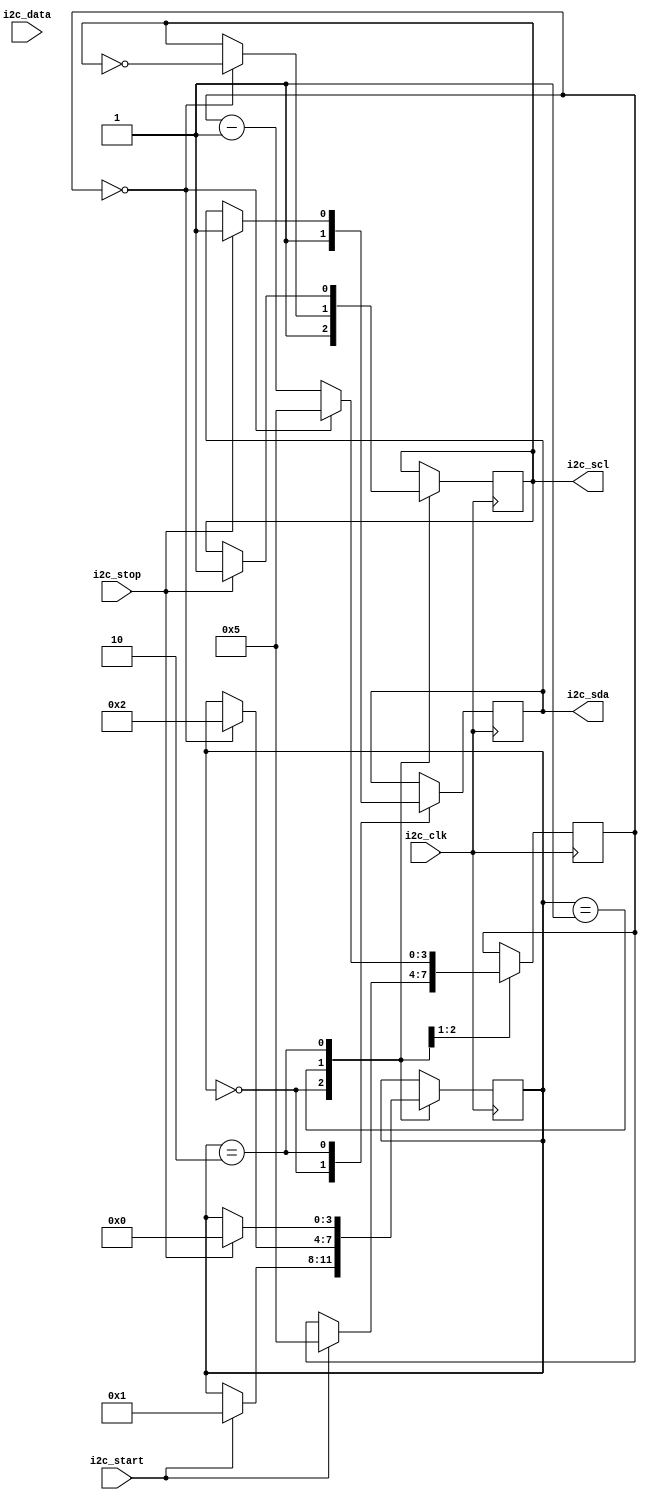
module i2c_timing_control_synchronization(
    // Inputs
    input wire i2c_clk,
    input wire i2c_start,
    input wire i2c_stop,
    input wire i2c_data,
    
    // Outputs
    output reg i2c_scl,
    output reg i2c_sda
);

// Timing parameters
parameter HALF_BIT_DELAY = 5; // half bit delay in clock cycles

// Internal signals
reg [3:0] state;
reg [3:0] counter;

// State machine for I2C timing control and synchronization
always @(posedge i2c_clk) begin
    case(state)
        0: begin // Start condition
            i2c_scl <= 1;
            i2c_sda <= 1;
            
            if(i2c_start) begin
                state <= 1;
                counter <= HALF_BIT_DELAY;
            end
        end
        1: begin // Data transmission
            if(counter == 0) begin
                i2c_scl <= ~i2c_scl;
                counter <= HALF_BIT_DELAY;
                state <= 2;
            end
            else begin
                counter <= counter - 1;
            end
        end
        2: begin // Stop condition
            if(i2c_stop) begin
                i2c_scl <= 1;
                i2c_sda <= 1;
                
                state <= 0;
            end
        end
    endcase
end

endmodule